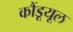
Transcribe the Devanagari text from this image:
कौंडूयूल